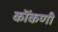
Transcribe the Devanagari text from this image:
कॊंकणी